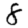
Digit: 8